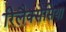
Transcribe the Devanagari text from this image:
रिलैक्सेसिया